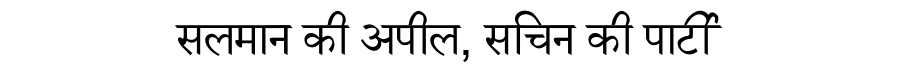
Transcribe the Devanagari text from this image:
सलमान की अपील, सचिन की पार्टी